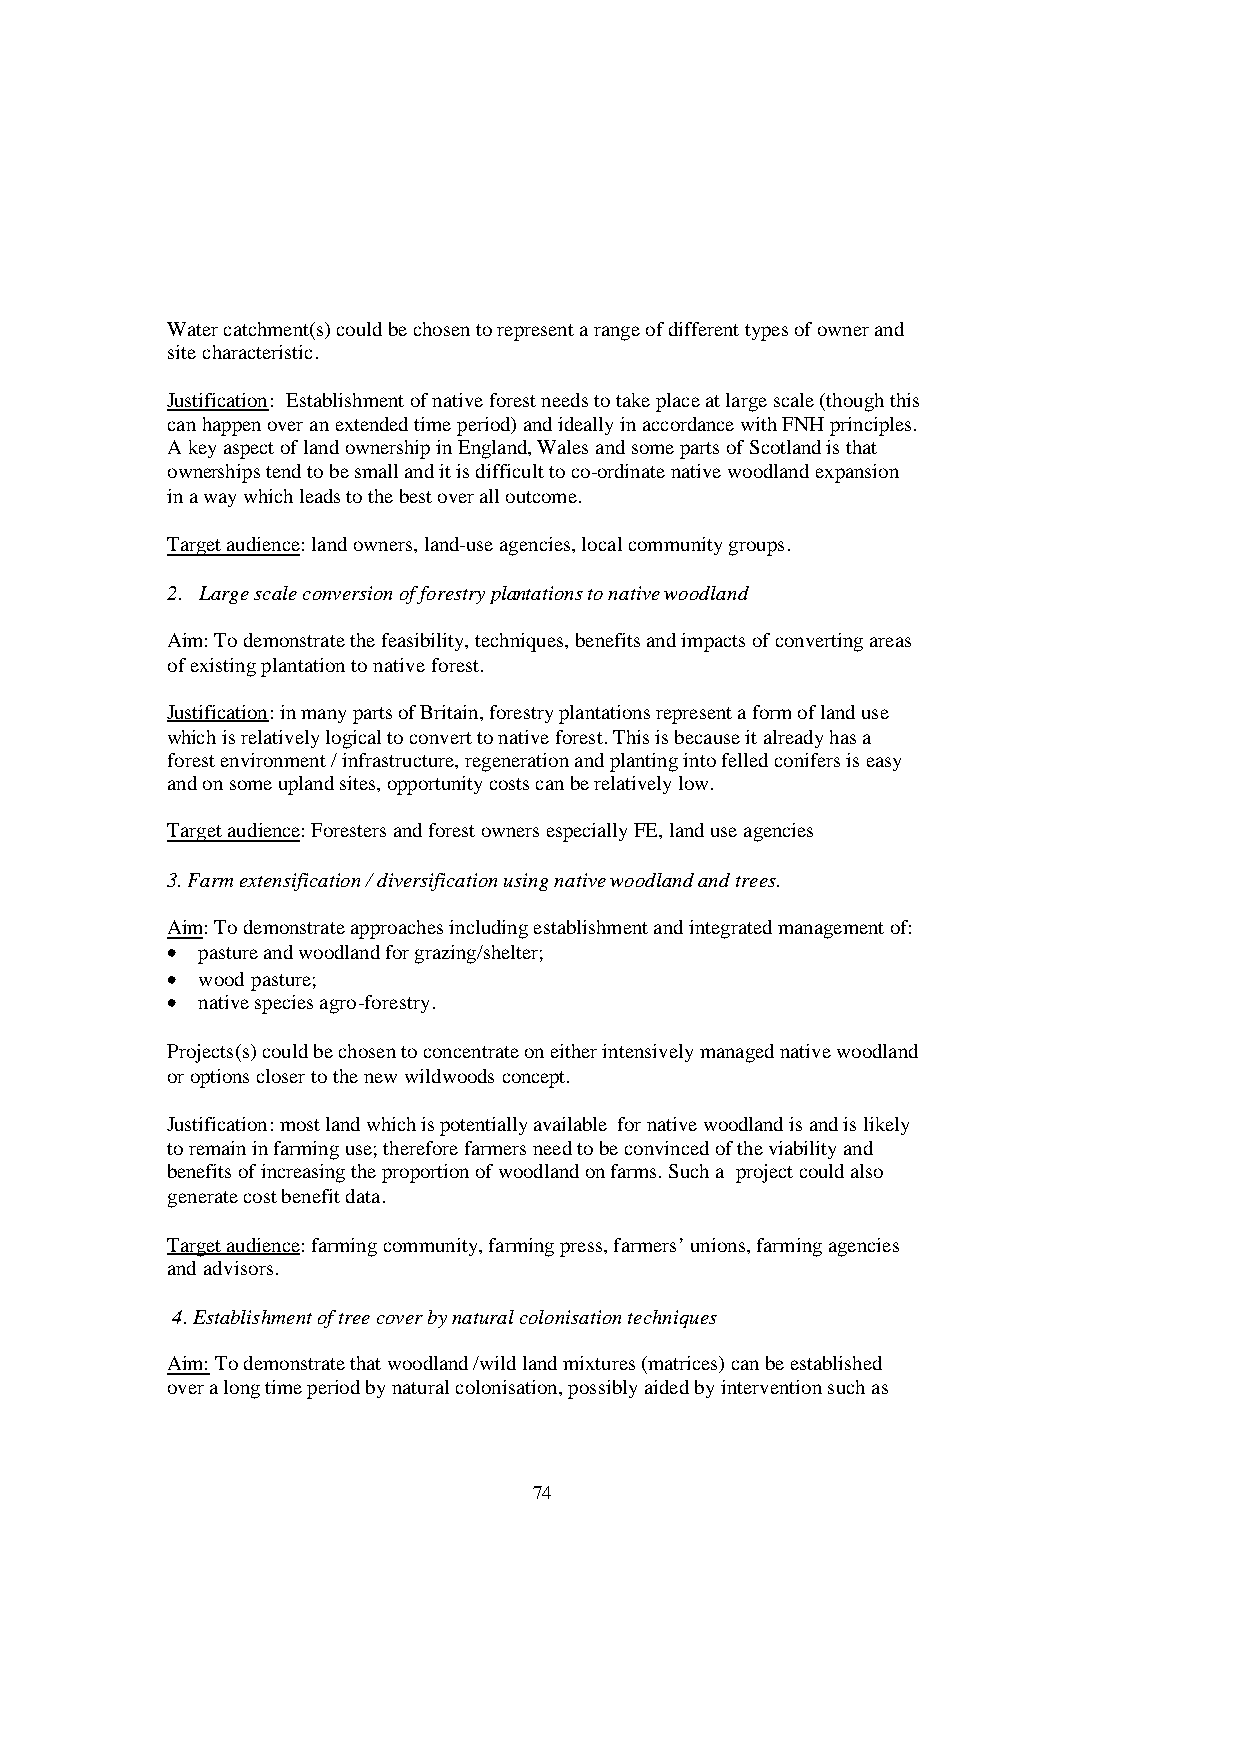
Water catchment(s) could be chosen to represent a range of different types of owner and
 site characteristic.
 Justification: Establishment of native forest needs to take place at large scale (though this
 can happen over an extended time period) and ideally in accordance with FNH principles.
 A key aspect of land ownership in England, Wales and some parts of Scotland is that
 ownerships tend to be small and it is difficult to co-ordinate native woodland expansion
 in a way which leads to the best over all outcome.
 Target audience: land owners, land-use agencies, local community groups.
 2. Large scale conversion of forestry plantations to native woodland
 Aim: To demonstrate the feasibility, techniques, benefits and impacts of converting areas
 of existing plantation to native forest.
 Justification: in many parts of Britain, forestry plantations represent a form of land use
 which is relatively logical to convert to native forest. This is because it already has a
 forest environment / infrastructure, regeneration and planting into felled conifers is easy
 and on some upland sites, opportunity costs can be relatively low.
 Target audience: Foresters and forest owners especially FE, land use agencies
 3. Farm extensification / diversification using native woodland and trees.
 Aim: To demonstrate approaches including establishment and integrated management of:
 • pasture and woodland for grazing/shelter;
 • wood pasture;
 • native species agro-forestry.
 Projects(s) could be chosen to concentrate on either intensively managed native woodland
 or options closer to the new wildwoods concept.
 Justification: most land which is potentially available for native woodland is and is likely
 to remain in farming use; therefore farmers need to be convinced of the viability and
 benefits of increasing the proportion of woodland on farms. Such a project could also
 generate cost benefit data.
 Target audience: farming community, farming press, farmers’ unions, farming agencies
 and advisors.
 4. Establishment of tree cover by natural colonisation techniques
 Aim: To demonstrate that woodland /wild land mixtures (matrices) can be established
 over a long time period by natural colonisation, possibly aided by intervention such as
 74